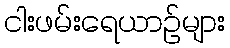
ငါးဖမ်းရေယာဉ်များ